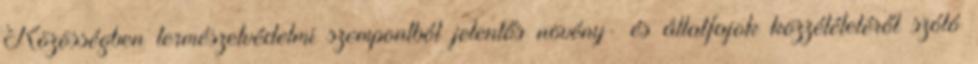
Közösségben természetvédelmi szempontból jelentős növény- és állatfajok közzétételéről szóló